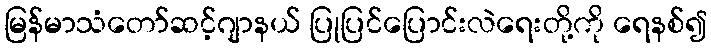
မြန်မာသံတော်ဆင့်ဂျာနယ် ပြုပြင်ပြောင်းလဲရေးတို့ကို ရေနစ်၍